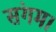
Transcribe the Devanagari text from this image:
संगम।